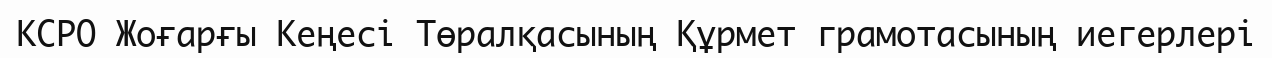
КСРО Жоғарғы Кеңесі Төралқасының Құрмет грамотасының иегерлері